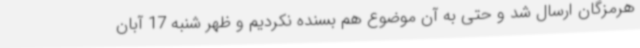
هرمزگان ارسال شد و حتی به آن موضوع هم بسنده نکردیم و ظهر شنبه 17 آبان